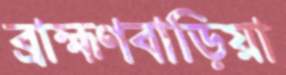
ব্রাহ্মণবাড়িয়া